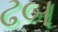
ઢબ